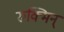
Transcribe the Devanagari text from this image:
रुक्मिन्‌